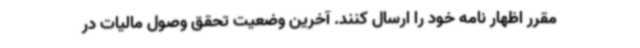
مقرر اظهار نامه خود را ارسال کنند. آخرین وضعیت تحقق وصول مالیات در